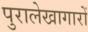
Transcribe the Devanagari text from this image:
पुरालेखागारों